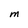
Character: M